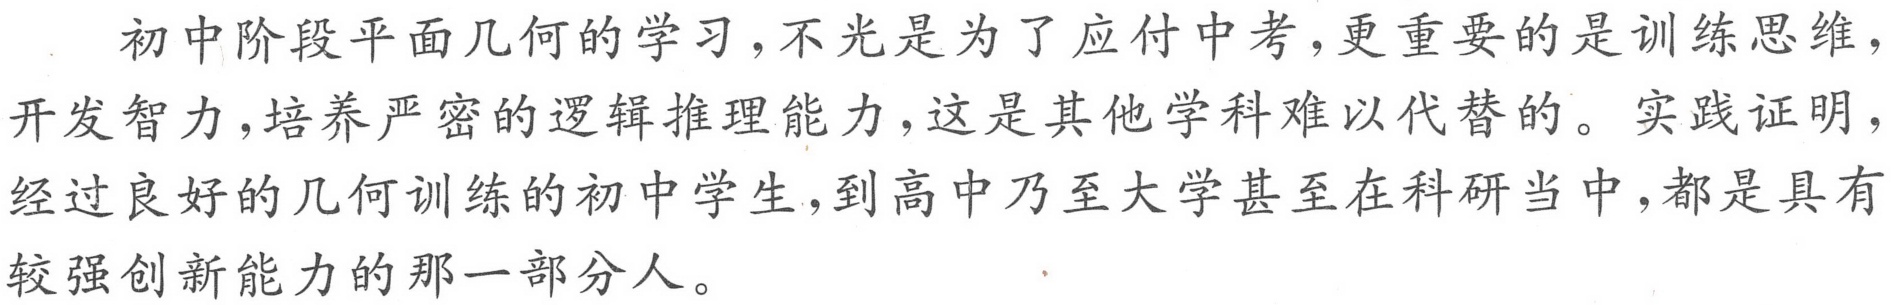
初中阶段平面几何的学习，不光是为了应付中考，更重要的是训练思维，开发智力，培养严密的逻辑推理能力，这是其他学科难以代替的。实践证明，经过良好的几何训练的初中学生，到高中乃至大学甚至在科研当中，都是具有较强创新能力的那一部分人。